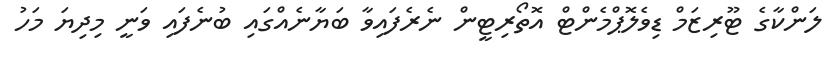
ލަންކާގެ ޓޫރިޒަމް ޑިވެލޮޕްމެންޓް އޮތޯރިޓީން ނެރެފައިވާ ބަޔާނެއްގައި ބުނެފައި ވަނީ މިދިޔަ މަހު